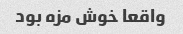
واقعا خوش مزه بود